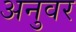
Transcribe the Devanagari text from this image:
अनुवर